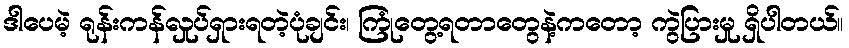
ဒါပေမဲ့ ရုန်းကန်လှုပ်ရှားရတဲ့ပုံချင်း၊ ကြုံတွေ့ရတာတွေနဲ့ကတော့ ကွဲပြားမှု ရှိပါတယ်။